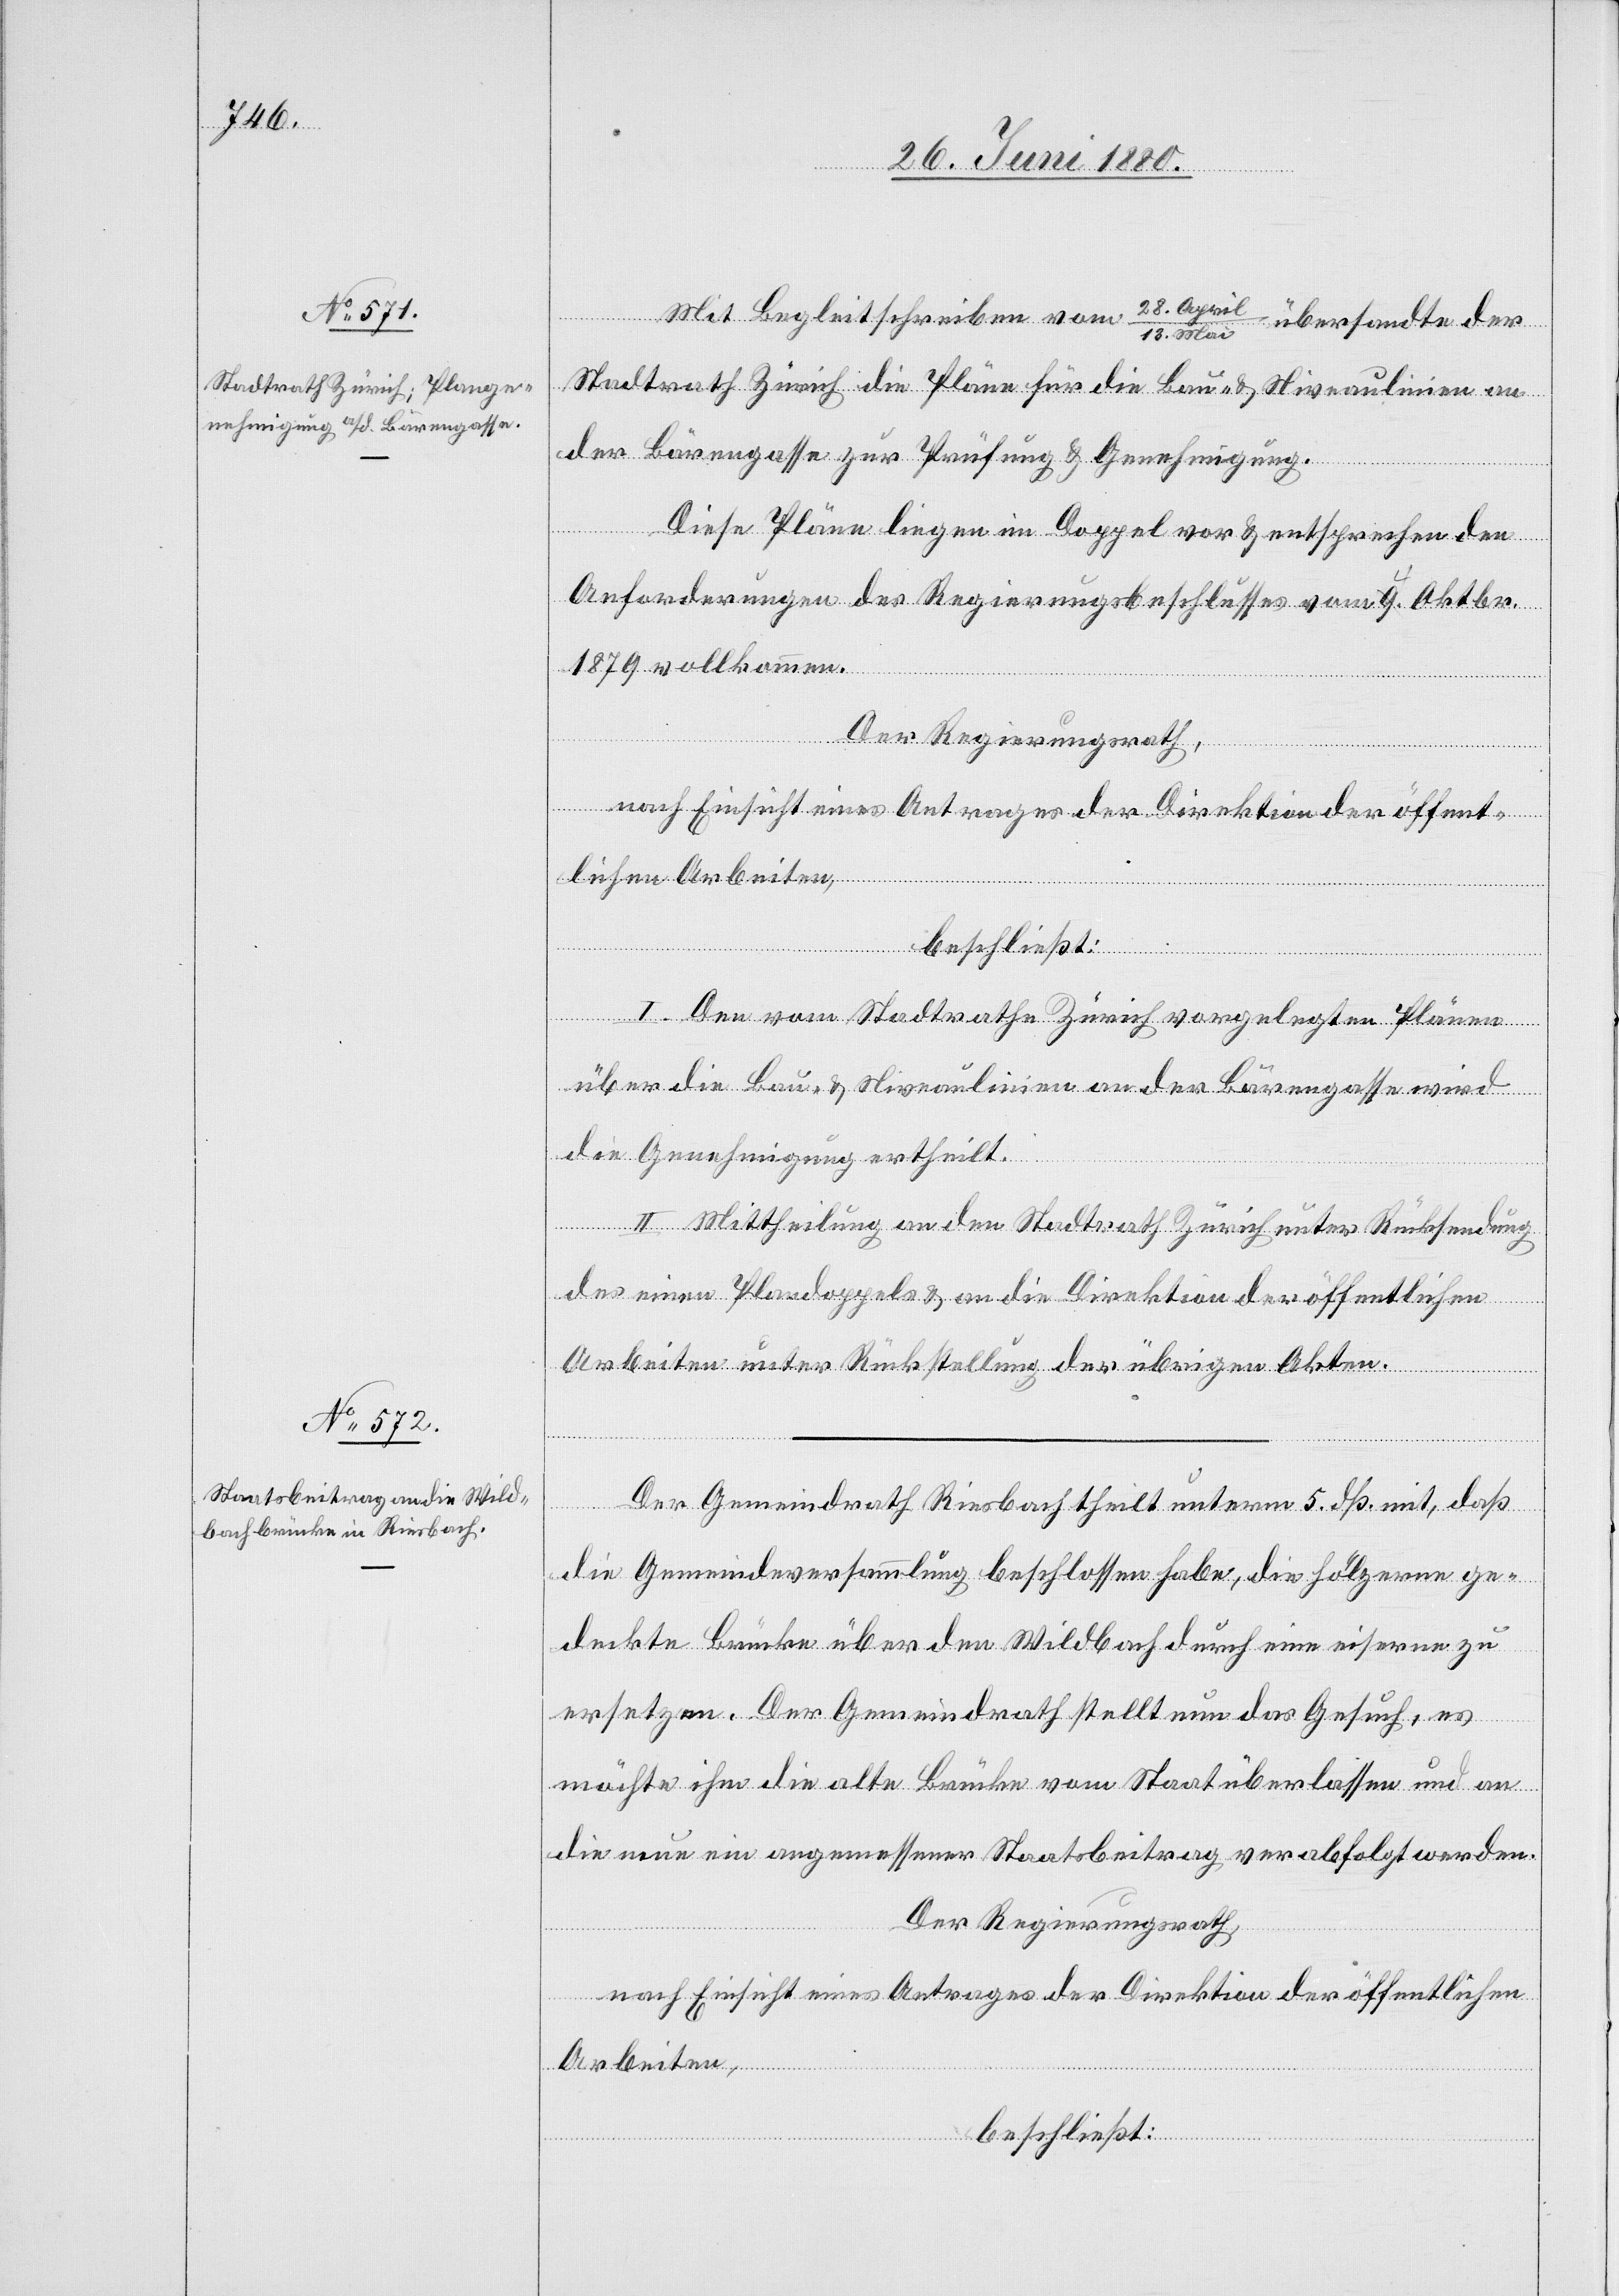
Mit Begleitschreiben vom 28. April/18. Mai übersandte der
Stadtrath Zürich die Pläne für die Bau- & Niveaulinien an
der Bärengasse zur Prüfung & Genehmigung.
Diese Pläne liegen im Doppel vor & entsprechen den
Anforderungen des Regierungsbeschlusses vom a-9.4.-a Oktbr.
1879 vollkommen.
Der Regierungsrath,
nach Einsicht eines Antrages der Direktion der öffent¬
lichen Arbeiten,
beschließt:
I. Den vom Stadtrathe Zürich vorgelegten Plänen
über die Bau- & Niveaulinien an der Bärengasse wird
die Genehmigung ertheilt.
II. Mittheilung an den Stadtrath Zürich unter Rücksendung
des einen Plandoppels & an die Direktion der öffentlichen
Arbeiten unter Rückstellung der übrigen Akten.
Der Gemeindrath Riesbach theilt unterm 5. dß. mit, daß
die Gemeindeversammlung beschlossen habe, die hölzerne ge¬
deckte Brücke über den Wildbach durch eine eiserne zu
ersetzen. Der Gemeindrath stellt nun das Gesuch, es
möchte ihm die alte Brücke vom Staat überlassen und an
die neue ein angemessener Staatsbeitrag verabfolgt werden.
Der Regierungsrath,
nach Einsicht eines Antrages der Direktion der öffentlichen
Arbeiten,
beschließt: